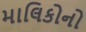
માલિકોનો